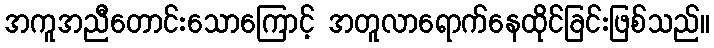
အကူအညီတောင်းသောကြောင့် အတူလာရောက်နေထိုင်ခြင်းဖြစ်သည်။